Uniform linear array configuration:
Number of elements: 12
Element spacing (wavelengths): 0.25
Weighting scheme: hann
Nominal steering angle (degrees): -45
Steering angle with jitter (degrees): -43.22
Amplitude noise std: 0.05
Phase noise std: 0.05

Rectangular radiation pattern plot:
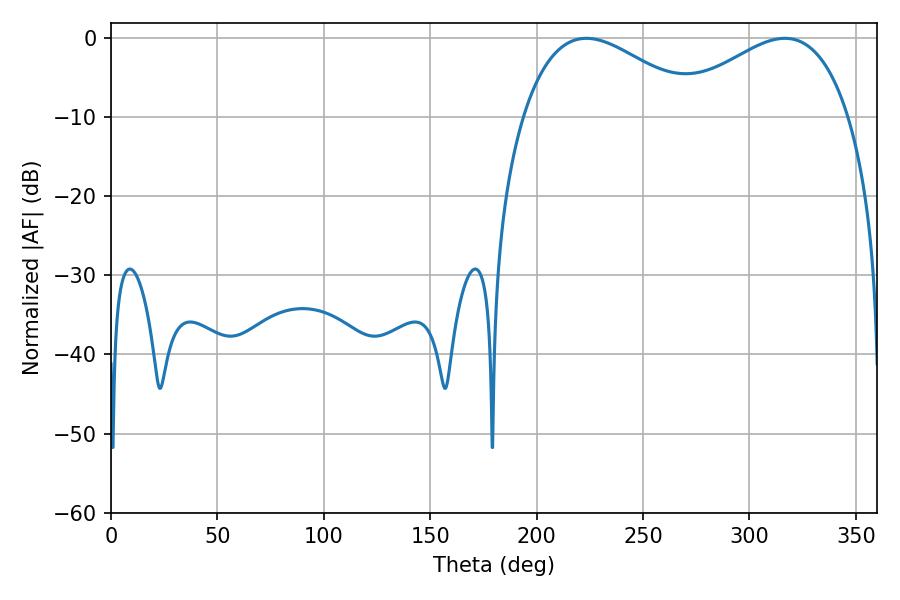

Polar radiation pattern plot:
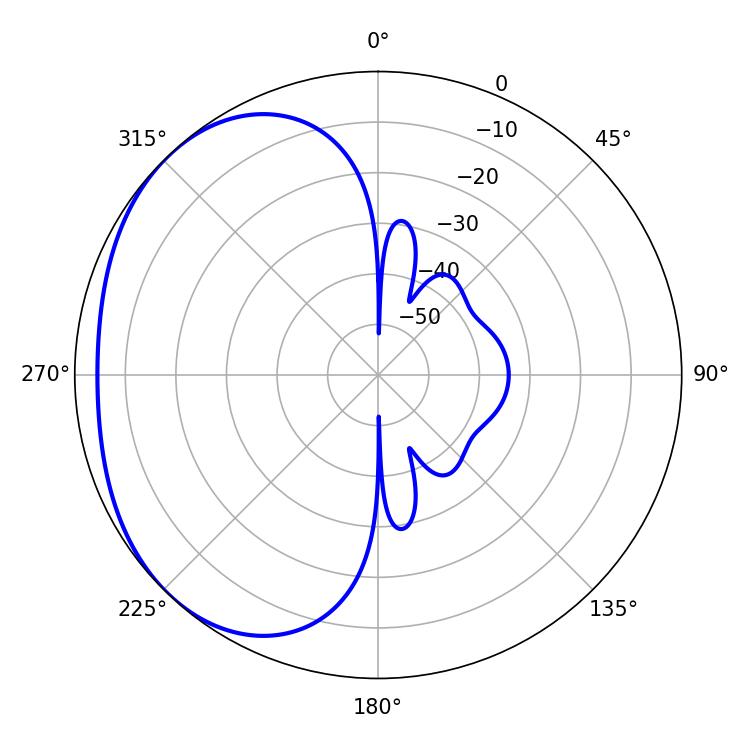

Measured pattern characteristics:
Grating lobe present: FALSE
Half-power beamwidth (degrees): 45.54
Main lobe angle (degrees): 223.38